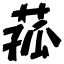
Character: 菰